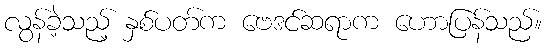
လွန်ခဲ့သည့် နှစ်ပတ်က ဗေဒင်ဆရာက ဟောပြန်သည်။